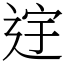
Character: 䢓